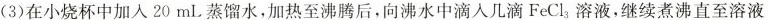
(3)在小烧杯中加入20mL蒸馏水，加热至沸腾后，向沸水中滴入几滴FeCl_{3)溶液，继续煮沸直至溶液